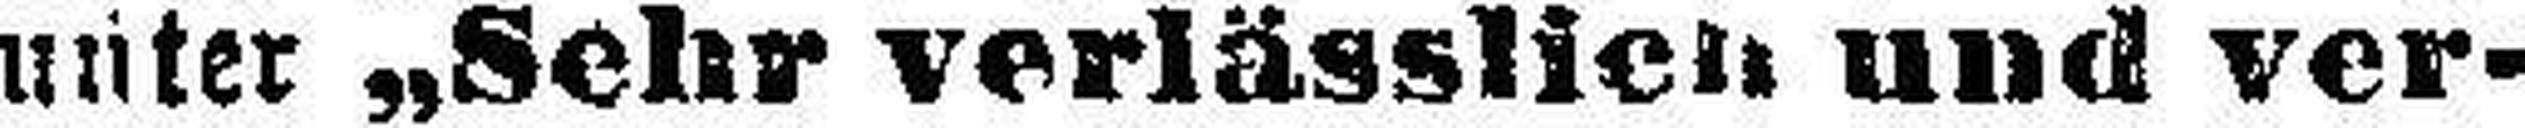
unter „Sehr verlässlich und ver¬